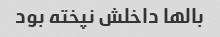
بالها داخلش نپخته بود